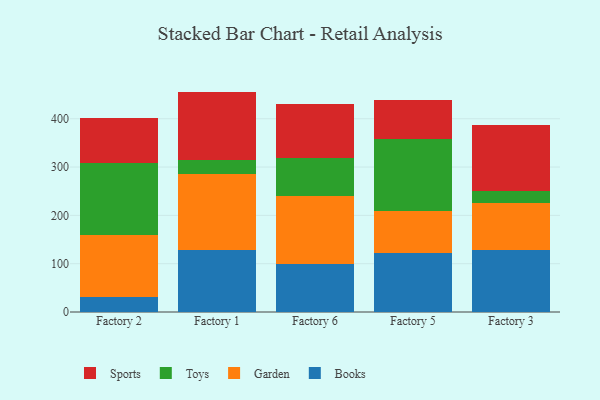
{"axis": {"x": "Factory", "y": "Temperature (°C)"}, "legend": ["Books", "Garden", "Sports", "Toys"], "data": [{"x": "Factory 2", "y": 30.7, "type": "Books"}, {"x": "Factory 2", "y": 129.1, "type": "Garden"}, {"x": "Factory 2", "y": 148.7, "type": "Toys"}, {"x": "Factory 2", "y": 92.2, "type": "Sports"}, {"x": "Factory 1", "y": 128.5, "type": "Books"}, {"x": "Factory 1", "y": 157.5, "type": "Garden"}, {"x": "Factory 1", "y": 28.3, "type": "Toys"}, {"x": "Factory 1", "y": 141.9, "type": "Sports"}, {"x": "Factory 6", "y": 100.1, "type": "Books"}, {"x": "Factory 6", "y": 140.9, "type": "Garden"}, {"x": "Factory 6", "y": 77.6, "type": "Toys"}, {"x": "Factory 6", "y": 112.4, "type": "Sports"}, {"x": "Factory 5", "y": 123.1, "type": "Books"}, {"x": "Factory 5", "y": 86.6, "type": "Garden"}, {"x": "Factory 5", "y": 149.3, "type": "Toys"}, {"x": "Factory 5", "y": 79.7, "type": "Sports"}, {"x": "Factory 3", "y": 128.5, "type": "Books"}, {"x": "Factory 3", "y": 98.0, "type": "Garden"}, {"x": "Factory 3", "y": 24.7, "type": "Toys"}, {"x": "Factory 3", "y": 136.1, "type": "Sports"}]}